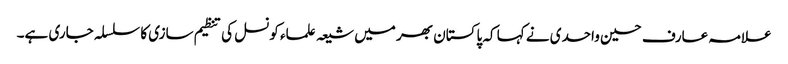
علامہ عارف حسین واحدی نے کہا کہ پاکستان بھر میں شیعہ علماء کونسل کی تنظیم سازی کا سلسلہ جاری ہے۔